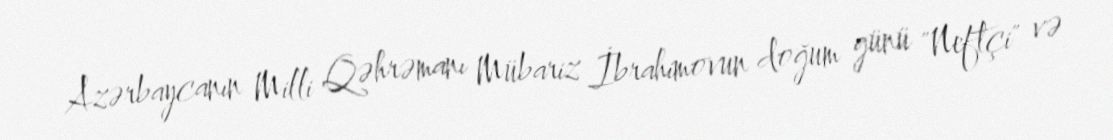
Azərbaycanın Milli Qəhrəmanı Mübariz İbrahimovun doğum günü "Neftçi" və